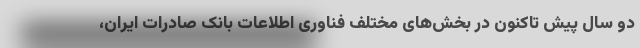
دو سال پیش تاکنون در بخش‌های مختلف فناوری اطلاعات بانک صادرات ایران،